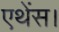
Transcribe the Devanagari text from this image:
एथेंस।